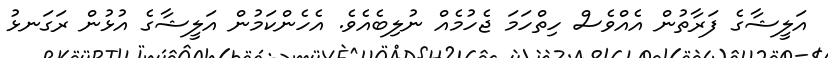
އަލީޝާގެ ފަރާތުން އެއްވެސް ހިތްހަމަ ޖެހުމެއް ނުލިބެއެވެ. އެހެންކަމުން އަލީޝާގެ އުޅުން ރަގަނޅު